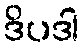
ဒိပဒါ